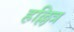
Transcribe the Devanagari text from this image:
हल्लित्र